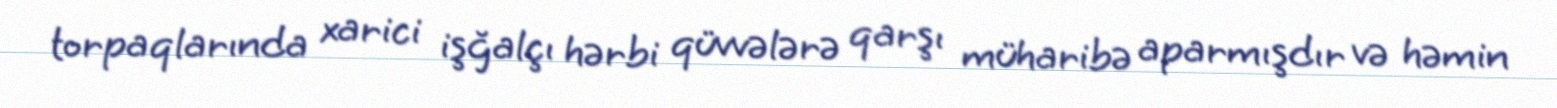
torpaqlarında xarici işğalçı hərbi qüvvələrə qarşı müharibə aparmışdır və həmin